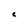
Character: c